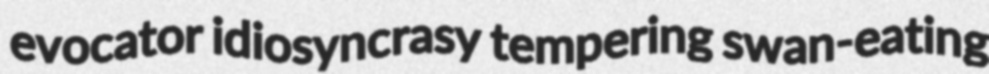
evocator idiosyncrasy tempering swan-eating